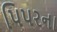
પિપરના